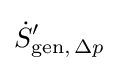
{\dot {S}}'_{\mathrm {gen} ,\,\Delta p}